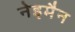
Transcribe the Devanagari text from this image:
नेइमैन